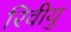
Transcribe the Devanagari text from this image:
रिवीयु